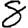
Digit: 8